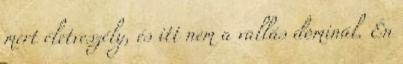
mert életveszély, és itt nem a vallás dominál. Én